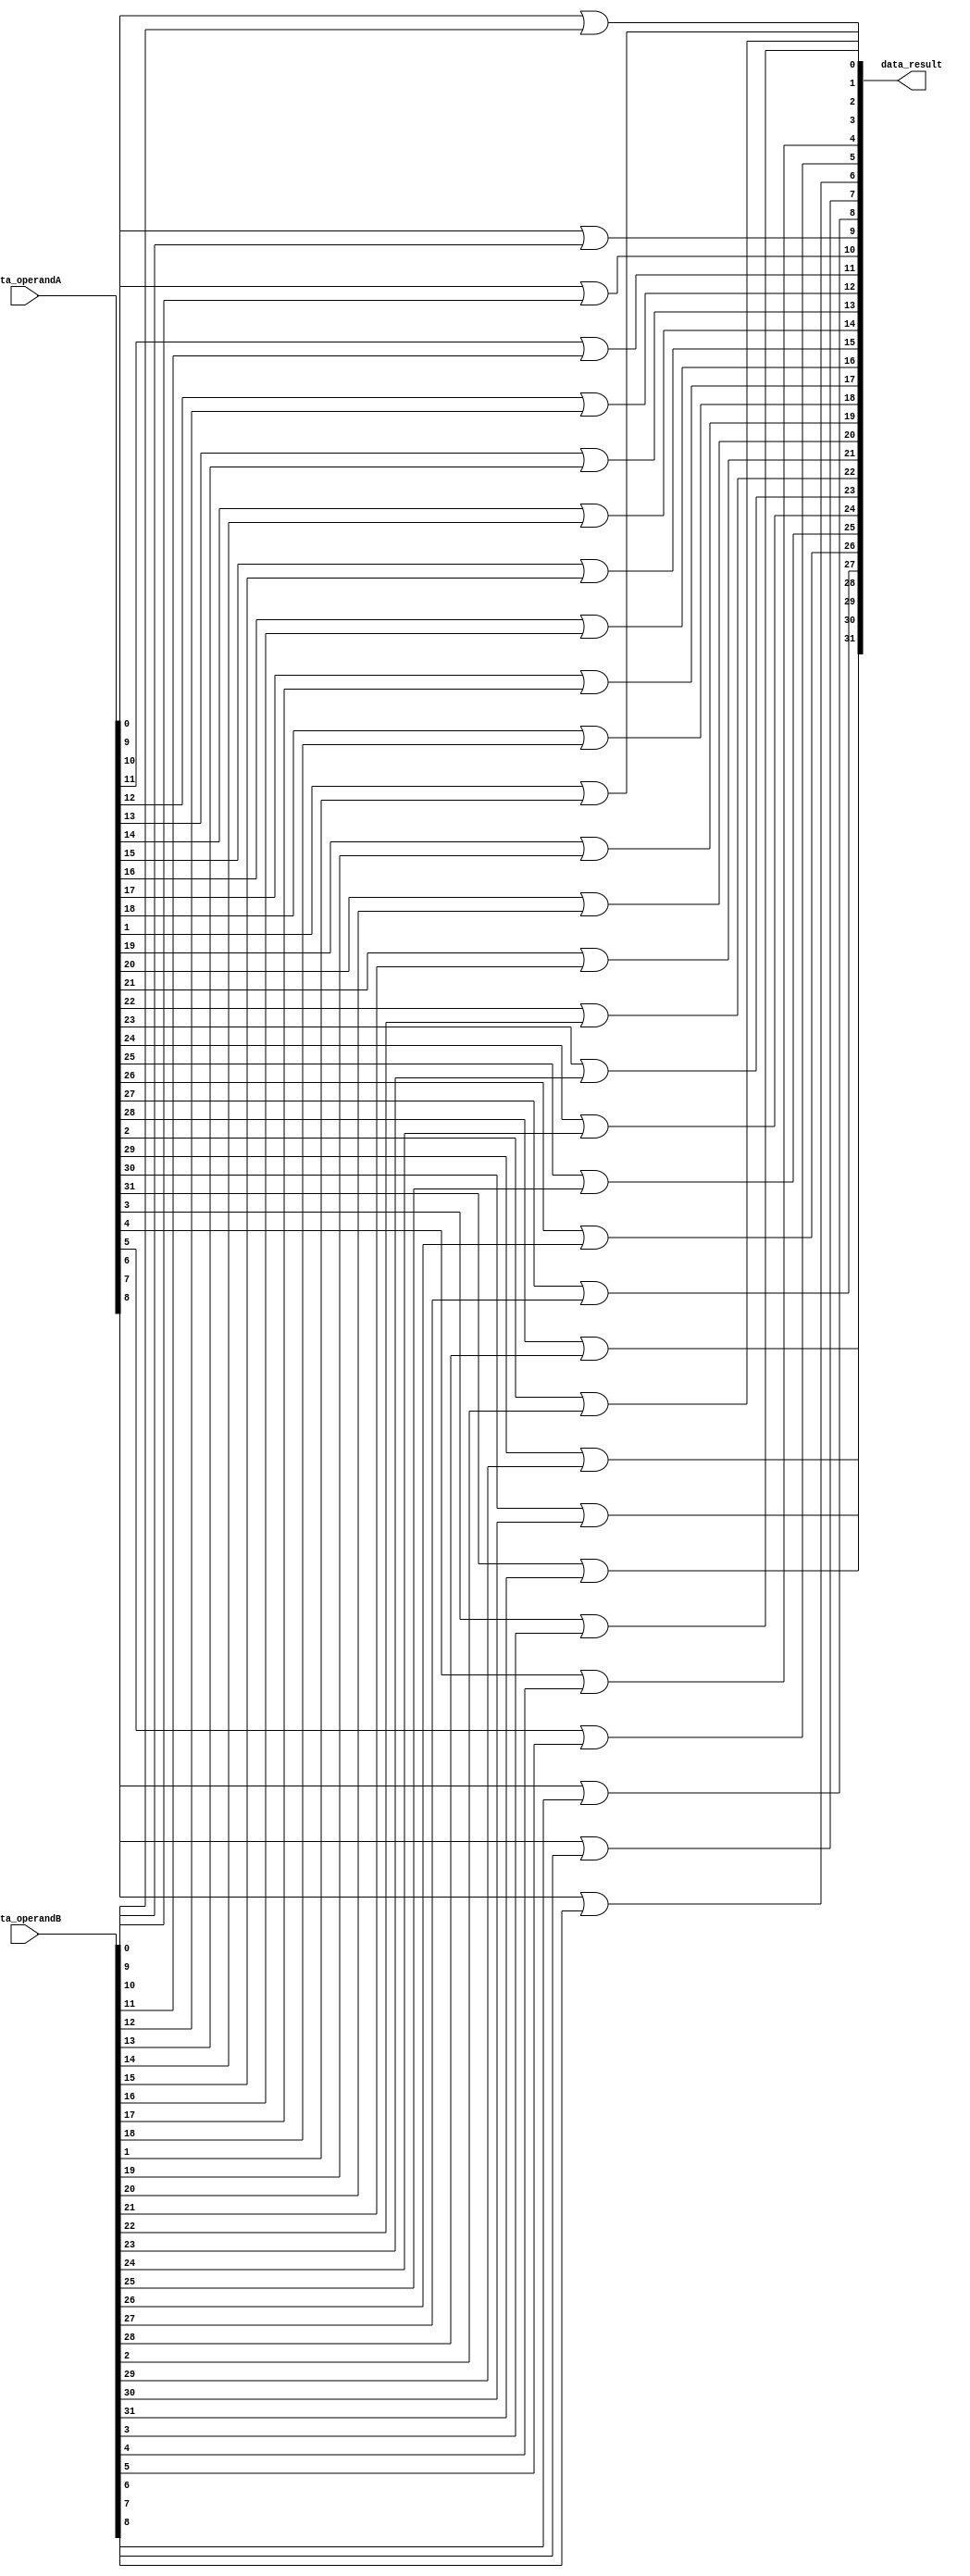
module bitwise_or(data_operandA, data_operandB, data_result);
	input [31:0] data_operandA, data_operandB;
	output [31:0] data_result;
	
	genvar i;
	generate
		for(i = 0; i < 32; i = i + 1) begin: orgateforloop
			or or_gate(data_result[i], data_operandA[i], data_operandB[i]);
		end
	endgenerate
endmodule